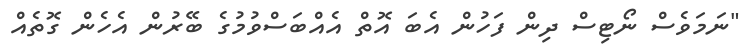
"ނަމަވެސް ނޯޓިސް ދިން ފަހުން އެބަ އޮތް އެއްބަސްވުމުގެ ބޭރުން އެހެން ގޮތެއް